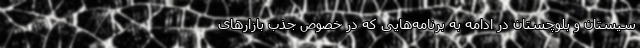
سیستان و بلوچستان در ادامه به برنامه‌هایی که در خصوص جذب بازارهای